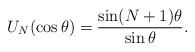
\begin{align*}U_{N}( \cos \theta) = \frac{\sin(N+1) \theta}{\sin \theta}. \end{align*}